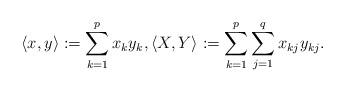
LaTeX: \begin{align*}\langle x,y\rangle:=\sum_{k=1}^p x_k y_k, \langle X,Y\rangle:=\sum_{k=1}^p\sum_{j=1}^q x_{kj}y_{kj}.\end{align*}